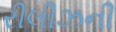
રીલીઝની